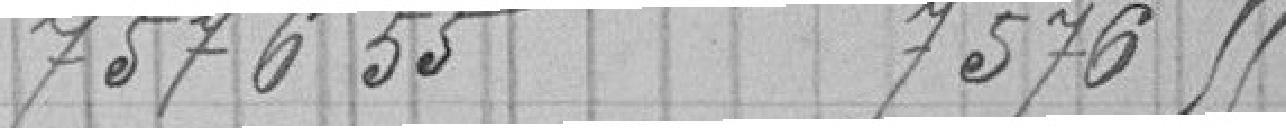
7576.55 7576.55